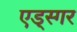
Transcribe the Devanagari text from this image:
एड्स्गर